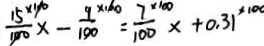
\frac { 1 5 ^ { x 1 6 0 } } { 1 0 0 } x - \frac { 9 ^ { x 1 6 0 } } { 1 0 0 } = \frac { 7 ^ { x 1 6 0 } } { 1 0 0 } x + 0 . 3 1 ^ { x 1 6 0 }